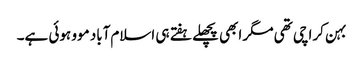
بہن کراچی تھی مگر ابھی پچھلے ہفتے ہی اسلام‌آباد موو ہوئی ہے۔